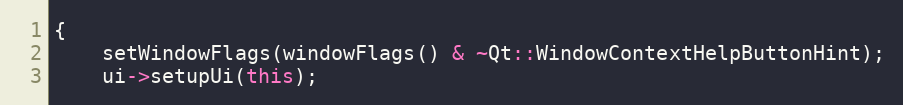
Language: C++
{
	setWindowFlags(windowFlags() & ~Qt::WindowContextHelpButtonHint);
	ui->setupUi(this);